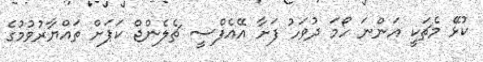
ކުޅޭ މެޗަކީ އަންނަ ހޯމަ ދުވަހު ފަށާ އޭއެފްސީ ޗެލެންޖް ކަޕަށް ތައްޔާރުވުމުގެ